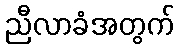
ညီလာခံအတွက်